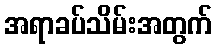
အရာခပ်သိမ်းအတွက်